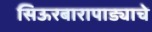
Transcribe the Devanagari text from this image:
सिऊरबारापाड्याचे